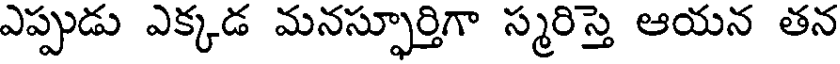
ఎప్పుడు ఎక్కడ మనస్ఫూర్తిగా స్మరిస్తె ఆయన తన